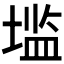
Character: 𰊑